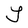
Character: Y